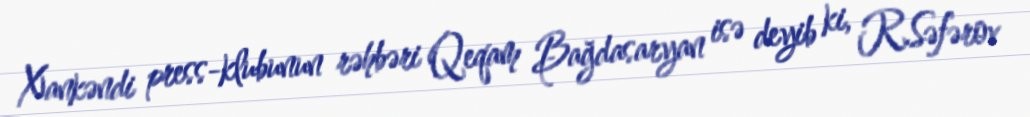
Xankəndi press-klubunun rəhbəri Qeqam Bağdasaryan isə deyib ki, R.Səfərov